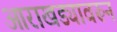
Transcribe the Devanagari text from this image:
आराखड्यावरून